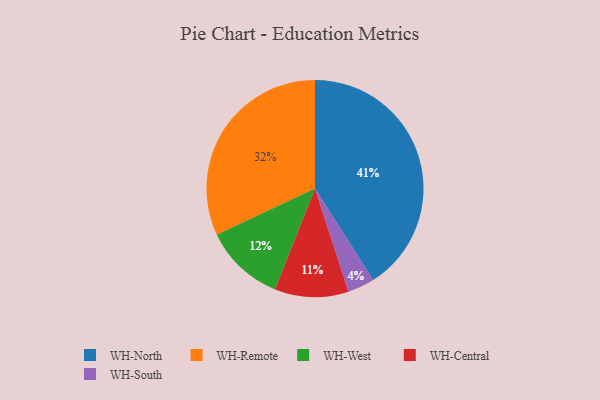
{"axis": {"x": "Category", "y": "Percentage"}, "legend": ["WH-Central", "WH-North", "WH-Remote", "WH-South", "WH-West"], "data": [{"x": "WH-South", "y": 4, "type": "WH-South"}, {"x": "WH-West", "y": 12, "type": "WH-West"}, {"x": "WH-North", "y": 41, "type": "WH-North"}, {"x": "WH-Central", "y": 11, "type": "WH-Central"}, {"x": "WH-Remote", "y": 32, "type": "WH-Remote"}]}